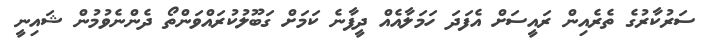
ސަރުކާރުގެ ތެރެއިން ރައީސަށް އެފަދަ ހަމަލާއެއް ދީފާނެ ކަމަށް ގަބޫލުކުރައްވަންތޯ ދެންނެވުމުން ޝައިނީ